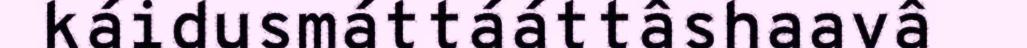
káidusmáttááttâshaavâ